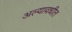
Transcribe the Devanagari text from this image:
अल्यावधीत